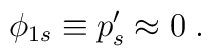
\phi_{1s}\equiv p'_s\approx 0 \;.